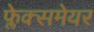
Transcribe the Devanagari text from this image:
फ्लेक्समेयर